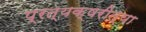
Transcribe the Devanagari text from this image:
प्रत्यक्षरीत्या